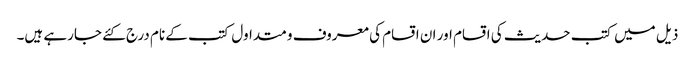
ذیل میں کتب حدیث کی اقسام اور ان اقسام کی معروف و متداول کتب کے نام درج کئے جارہے ہیں۔